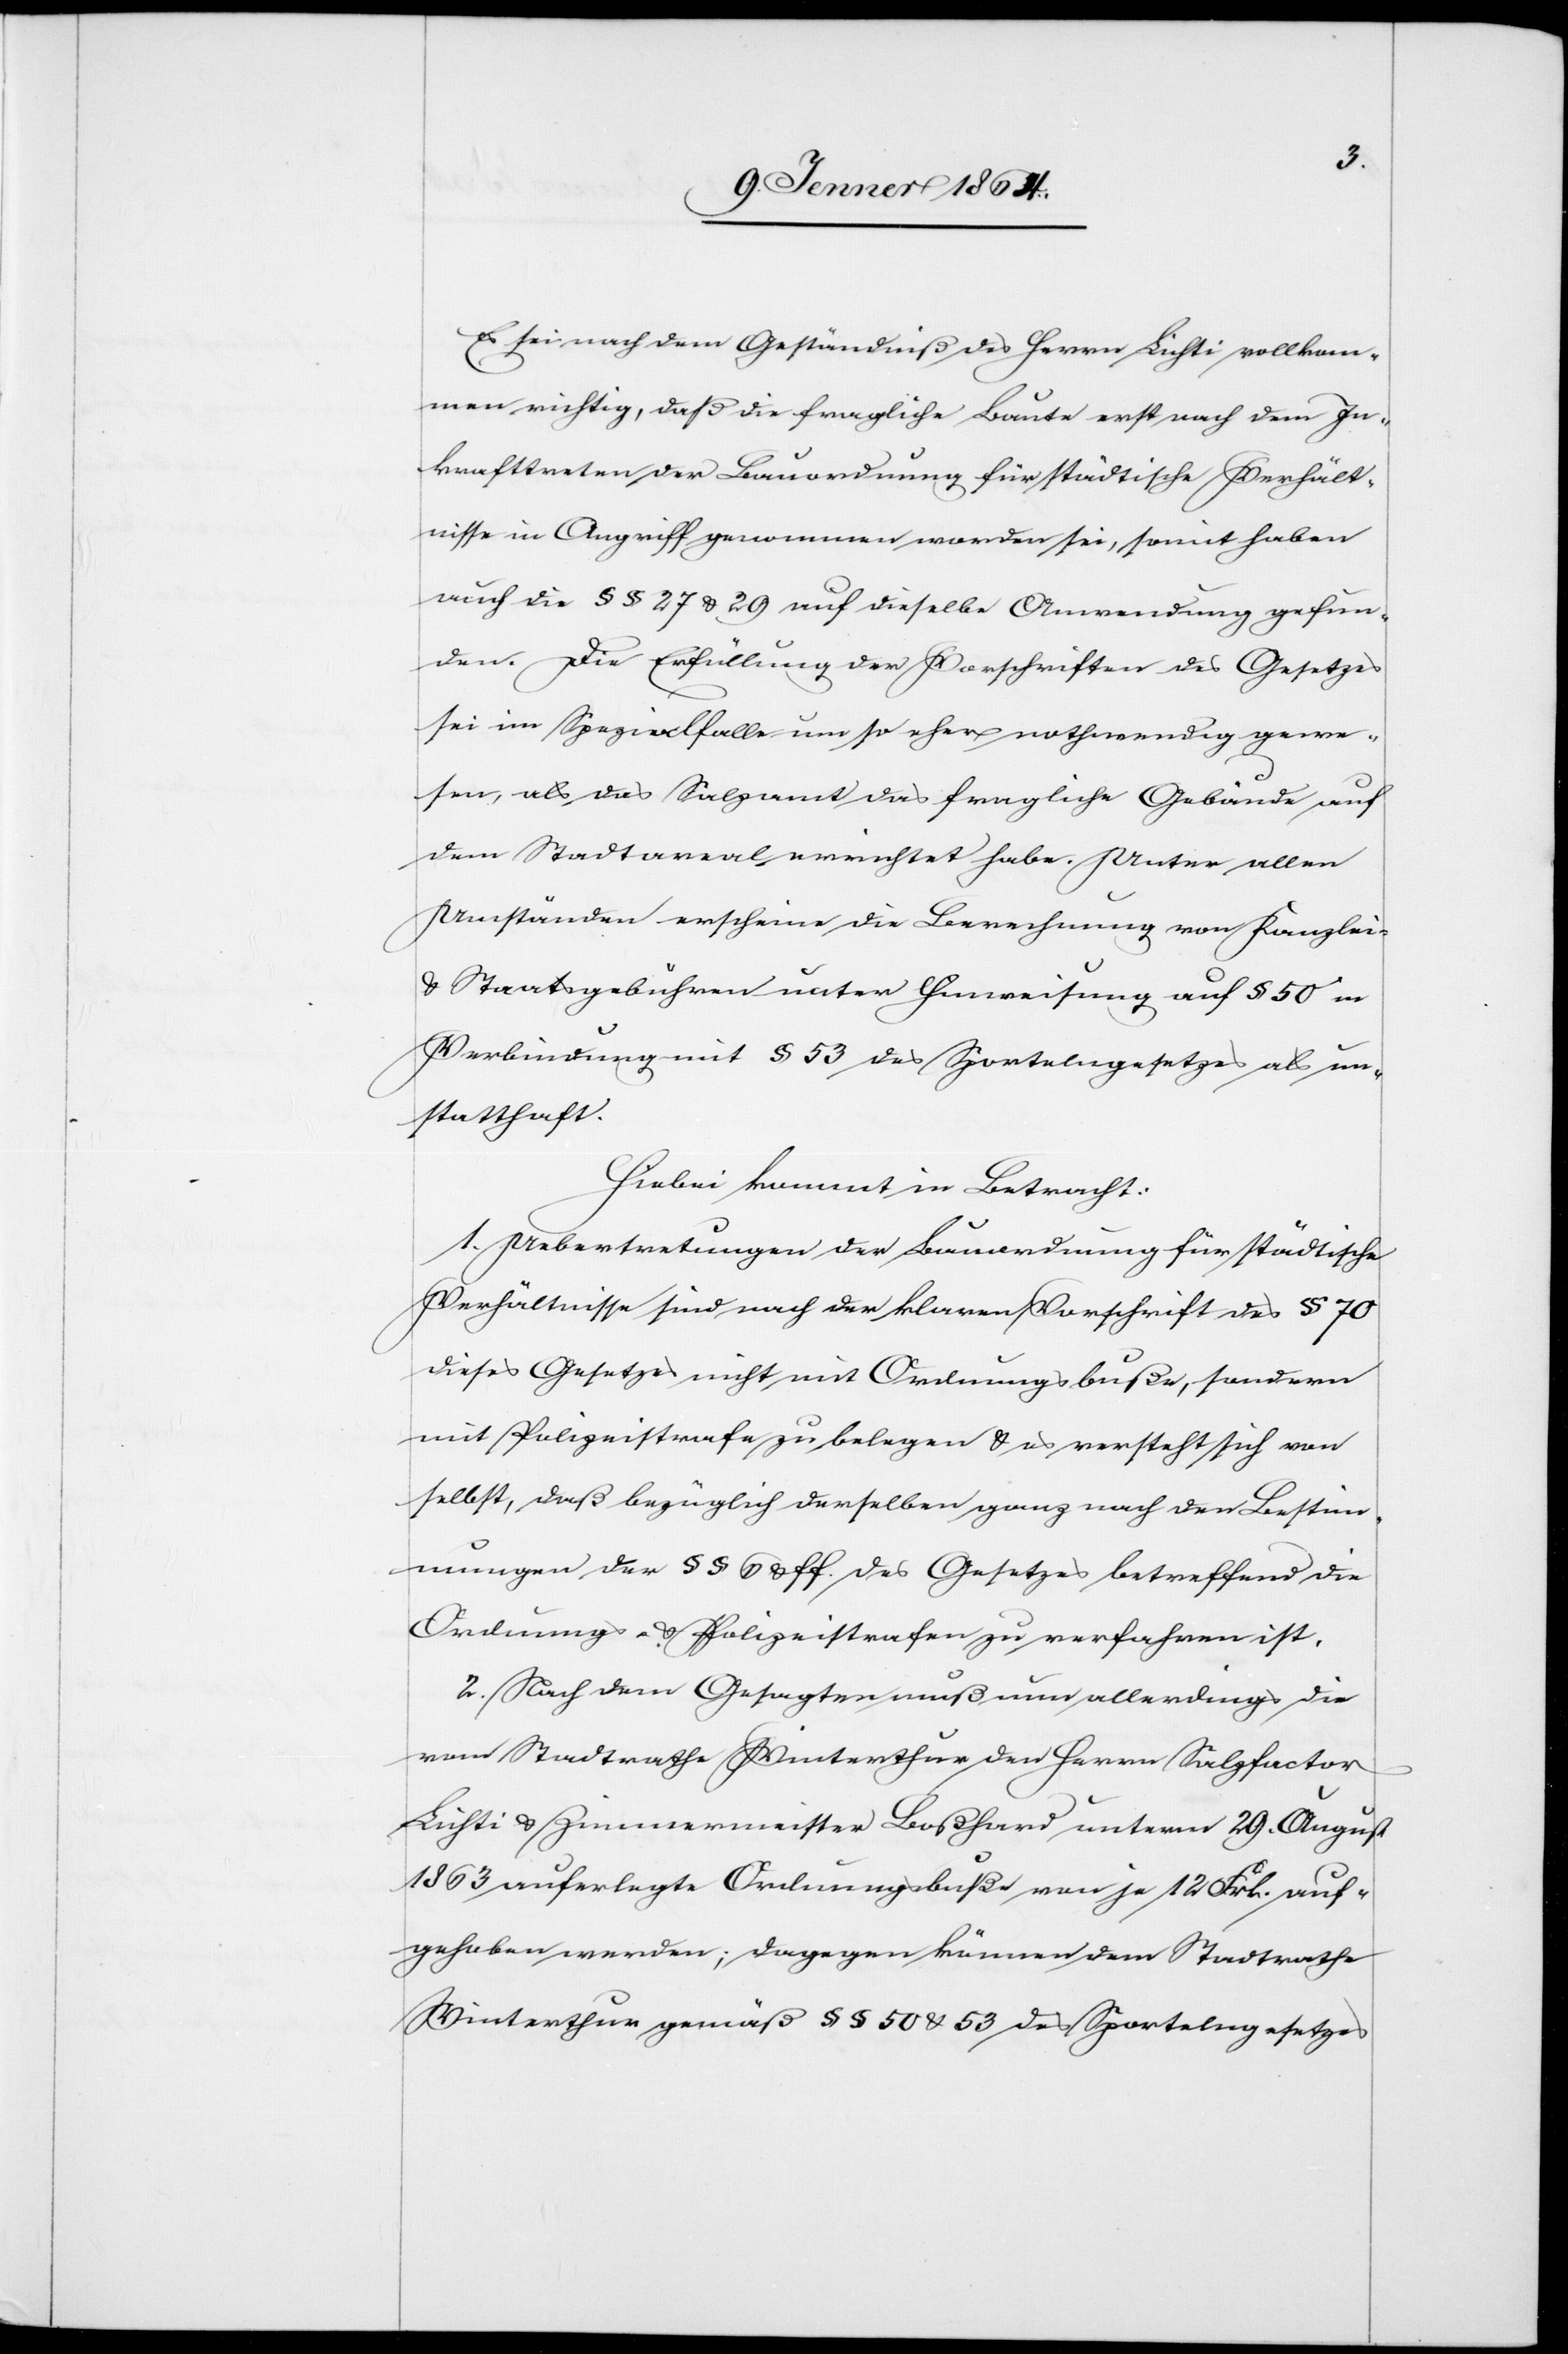
Es sei nach dem Geständniß des Herrn Lichti vollkom¬
men richtig, daß die fragliche Baute erst nach dem In¬
krafttreten der Bauordnung für städtische Verhält¬
nisse in Angriff genommen worden sei, somit haben
auch die §§ 27 u. 29 auf dieselbe Anwendung gefun¬
den. Die Erfüllung der Vorschriften des Gesetzes
sei im Spezialfalle um so eher nothwendig gewe¬
sen, als das Salzamt das fragliche Gebäude auf
dem Stadtareal errichtet habe. Unter allen
Umständen erscheine die Berechnung von Kanzlei-
u. Staatsgebühren unter Hinweisung auf § 50 in
Verbindung mit § 53 des Sportelngesetzes als un¬
statthaft.
Hiebei kommt in Betracht:
1. Uebertretungen der Bauordnung für städtische
Verhältnisse sind nach der klaren Vorschrift des § 70
dieses Gesetzes nicht mit Ordnungsbuße, sondern
mit Polizeistrafe zu belegen u. es versteht sich von
selbst, daß bezüglich derselben ganz nach den Bestim¬
mungen der §§ 6 u. ff. des Gesetzes betreffend die
Ordnungs- u. Polizeistrafen zu verfahren ist.
2. Nach dem Gesagten muß nun allerdings die
vom Stadtrathe Winterthur den Herrn Salzfactor
Lichti u. Zimmermeister Boßhard unterm 29. August
1863 auferlegte Ordnungsbuße von ja 12 Frk. auf¬
gehoben werden; dagegen können dem Stadtrathe
Winterthur gemäß §§ 50 u. 53 des Sportelngesetzes